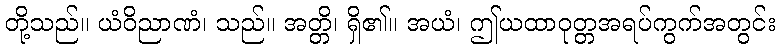
တို့သည်။ ယံဝိညာဏံ၊ သည်။ အတ္တိ၊ ရှိ၏။ အယံ၊ ဤယထာဝုတ္တအရပ်ကွက်အတွင်း